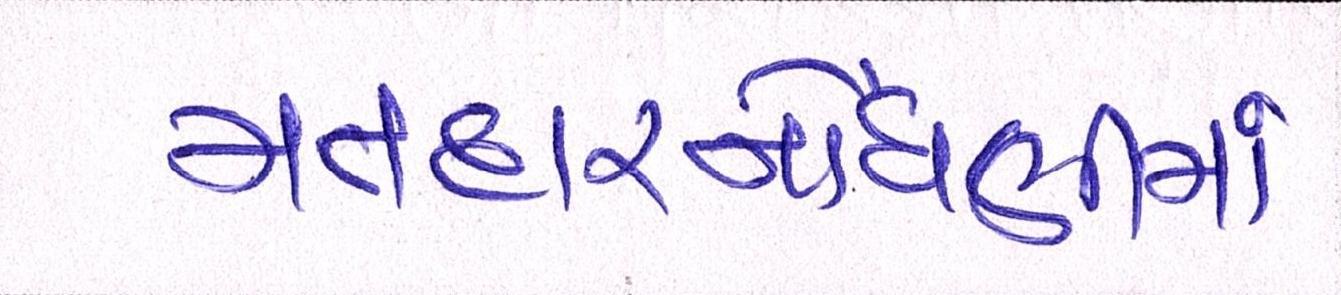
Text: મતદારનોંધણીમાં